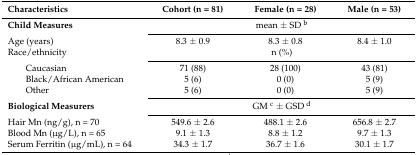
| Characteristics | Cohort (n = 81) | Female (n = 28) | Male (n = 53) |
 | --- | --- | --- | --- |
 | Child Measures | <COLSPAN=3> mean ± SD b |
 | Age (years) | 8.3 ± 0.9 | 8.3 ± 0.8 | 8.4 ± 1.0 |
 | Race/ethnicity | <COLSPAN=3> n (%) |
 | Caucasian | 71 (88) | 28 (100) | 43 (81) |
 | Black/African American | 5 (6) | 0 (0) | 5 (9) |
 | Other | 5 (6) | 0 (0) | 5 (9) |
 | Biological Measurers | <COLSPAN=3> GM c ± GSD d |
 | Hair Mn (ng/g), n = 70 | 549.6 ± 2.6 | 488.1 ± 2.6 | 656.8 ± 2.7 |
 | Blood Mn (μg/L), n = 65 | 9.1 ± 1.3 | 8.8 ± 1.2 | 9.7 ± 1.3 |
 | Serum Ferritin (μg/mL), n = 64 | 34.3 ± 1.7 | 36.7 ± 1.6 | 30.1 ± 1.7 |